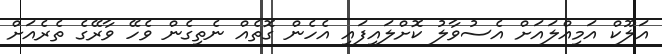
އަލޫކް އަމިއްލައަށް އެސުވާލު ކޮށްލައިފައި އެހެން ގޮތެއް ނެތިގެން ވެހޭ ވާރޭގެ ތެރެއަށް